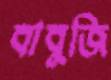
বাবুজি